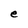
Character: e